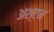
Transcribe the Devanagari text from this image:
अश्टन